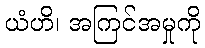
ယံဟိ၊ အကြင်အမှုကို